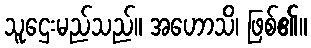
သူဌေးမည်သည်။ အဟောသိ၊ ဖြစ်၏။